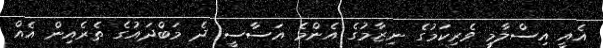
އެއީ އިސްލާމީ ވެރިކަމުގެ ނިޒާމުގެ އެންމެ އަސާސީ ދެ މަބްދައުގެ ތެރެއިން އެއް